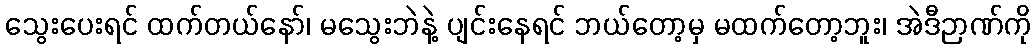
သွေးပေးရင် ထက်တယ်နော်၊ မသွေးဘဲနဲ့ ပျင်းနေရင် ဘယ်တော့မှ မထက်တော့ဘူး၊ အဲဒီဉာဏ်ကို